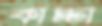
কাচ্চা